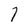
Character: 7